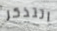
اتتذكر